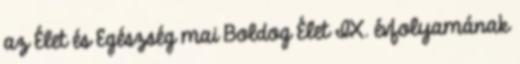
az Élet és Egészség mai Boldog Élet IX. évfolyamának